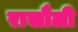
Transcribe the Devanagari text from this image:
रासौली